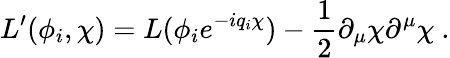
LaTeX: L^{\prime}(\phi_{i},\chi)=L(\phi_{i}e^{-iq_{i}\chi})-\frac{1}{2}\partial_{\mu}\chi\partial^{\mu}\chi\ .